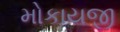
મોકાયજી